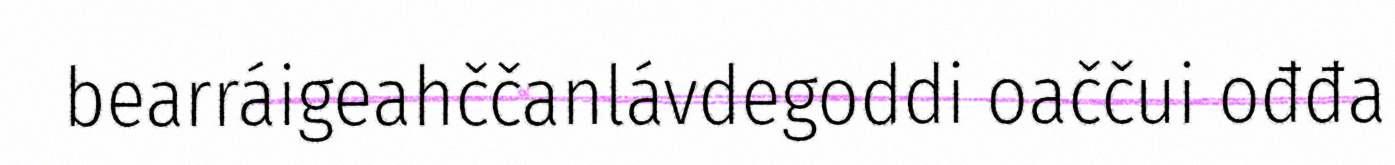
bearráigeahččanlávdegoddi oaččui ođđa